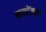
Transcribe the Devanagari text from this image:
सयोंजन